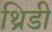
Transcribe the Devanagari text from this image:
थ्रिडी